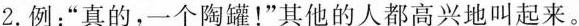
2.例：”真的，一个陶罐！”其他的人都高兴地叫起来。